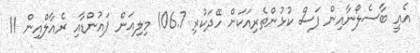
އެއީ ބާސެލޯނާއިން ފަސް ކުޅުންތެރިއަކަށް ހޭދަކުރި 106.7 މިލިއަން ޕައުންޑާއި ރެއާލްއިން 11